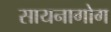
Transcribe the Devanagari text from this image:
सायनागोग